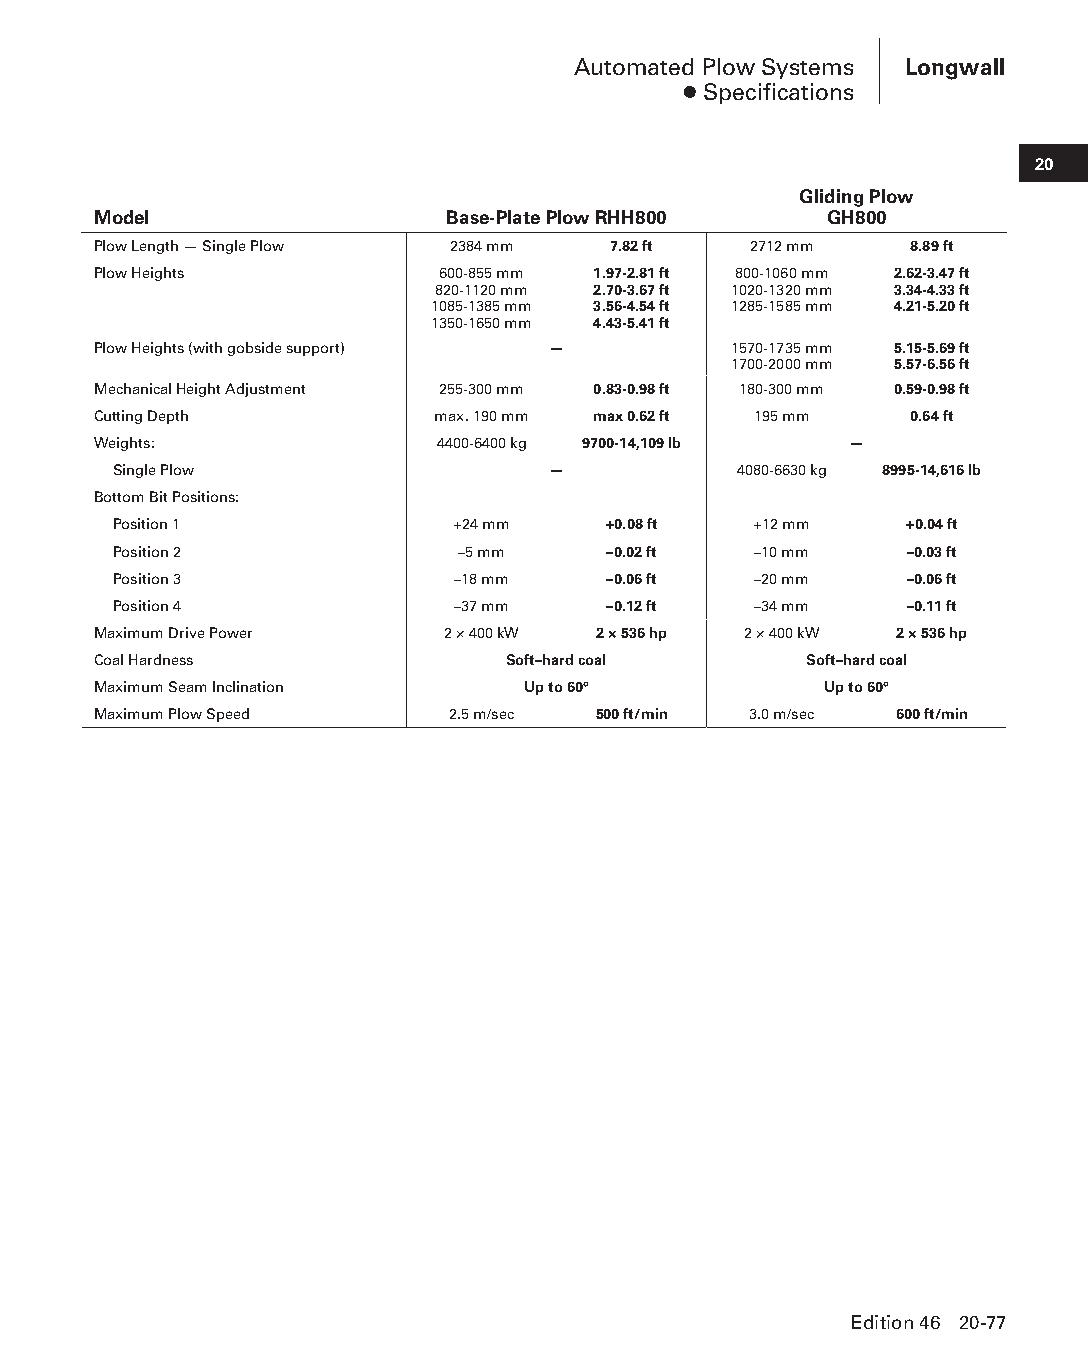
Automated Plow Systems Longwall
 ● Specifications
 20
 Gliding Plow
 Model                  Base-Plate Plow RHH800   GH800
 Plow Length — Single Plow 2384 mm 7.82 ft  2712 mm    8.89 ft
 Plow Heights          600-855 mm 1.97-2.81 ft 800-1060 mm 2.62-3.47 ft
 820-1120 mm 2.70-3.67 ft 1020-1320 mm 3.34-4.33 ft
 1085-1385 mm 3.56-4.54 ft 1285-1585 mm 4.21-5.20 ft
 1350-1650 mm 4.43-5.41 ft
 Plow Heights (with gobside support) —     1570-1735 mm 5.15-5.69 ft
 1700-2000 mm 5.57-6.56 ft
 Mechanical Height Adjustment 255-300 mm 0.83-0.98 ft 180-300 mm 0.59-0.98 ft
 Cutting Depth         max. 190 mm max 0.62 ft 195 mm  0.64 ft
 Weights:              4400-6400 kg 9700-14,109 lb —
 Single Plow                  —           4080-6630 kg 8995-14,616 lb
 Bottom Bit Positions:
 Position 1            +24 mm    +0.08 ft  +12 mm    +0.04 ft
 Position 2             –5 mm     –0.02 ft –10 mm    –0.03 ft
 Position 3            –18 mm     –0.06 ft –20 mm    –0.06 ft
 Position 4            –37 mm     –0.12 ft –34 mm    –0.11 ft
 Maximum Drive Power    2 × 400 kW 2 × 536 hp 2 × 400 kW 2 × 536 hp
 Coal Hardness              Soft–hard coal      Soft–hard coal
 Maximum Seam Inclination    Up to 60°           Up to 60°
 Maximum Plow Speed     2.5 m/sec 500 ft/min 3.0 m/sec 600 ft/min
 Edition 46 20-77
 PPHHBB--SSeecc2200--LLoonnggwwaallll((ppgg002255--112200))..iinndddd 7777 1122//44//1155 1111::0022 AAMM